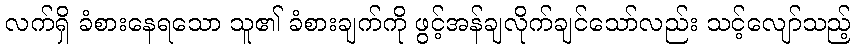
လက်ရှိ ခံစားနေရသော သူ၏ ခံစားချက်ကို ဖွင့်အန်ချလိုက်ချင်သော်လည်း သင့်လျော်သည့်